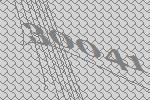
30041